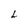
Character: L